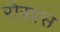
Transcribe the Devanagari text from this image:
रोसास